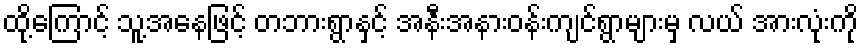
ထို့ကြောင့် သူ့အနေဖြင့် တဘားရွာနှင့် အနီးအနားဝန်းကျင်ရွာများမှ လယ် အားလုံးကို